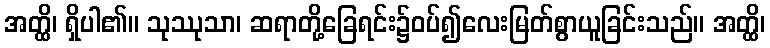
အတ္ထိ၊ ရှိပါ၏။ သုဿုသာ၊ ဆရာတို့ခြေရင်း၌ဝပ်၍လေးမြတ်စွာယူခြင်းသည်။ အတ္ထိ၊